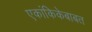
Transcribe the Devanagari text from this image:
एकांकिकेबाबत